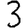
Digit: 3